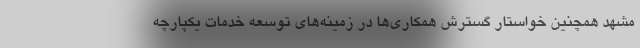
مشهد همچنین خواستار گسترش همکاری‌ها در زمینه‌های توسعه خدمات یکپارچه